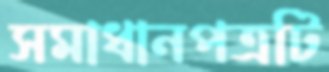
সমাধানপত্রটি